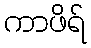
ကာဖိရ်